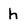
Character: h